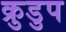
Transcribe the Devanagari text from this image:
क्रुडुप